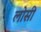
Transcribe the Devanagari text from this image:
लोसी